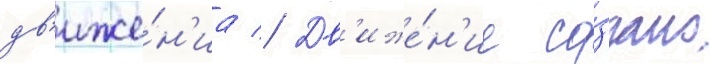
дв'иже́н'иа // Дв'иже́н'ие со́здано